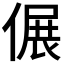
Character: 𠌄